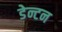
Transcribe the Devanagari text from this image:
डेन्टन